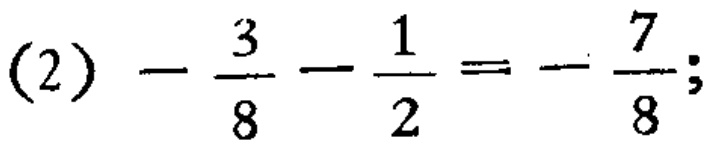
\((2)\ -\frac{3}{8}-\frac{1}{2}=-\frac{7}{8};\)